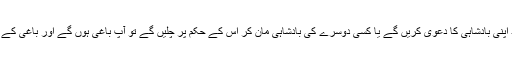
بادشاہ کی سلطنت کے اندر رہتے ہوئے اگر آپ خود اپنی بادشاہی کا دعویٰ کریں گے یا کسی دوسرے کی بادشاہی مان کر اس کے حکم پر چلیں گے تو آپ باغی ہوں گے اور باغی کے ساتھ جو سلوک کیا جاتا ہے وہ آپ کو معلوم ہی ہے۔